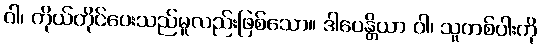
ဝါ၊ ကိုယ်တိုင်ပေးသည်မူလည်းဖြစ်သော။ ဒါပေန္တိယာ ဝါ၊ သူတစ်ပါးကို